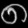
Digit: ၈